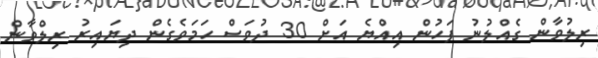
ރިލުވާން ގެއްލުނު ފަހުން އިއްޔެ އަށް 30 ދުވަސް ހަމަވެގެން ދިޔައިރު ރިލްވާން